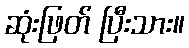
ဆုံးဖြတ် ပြီးသား။